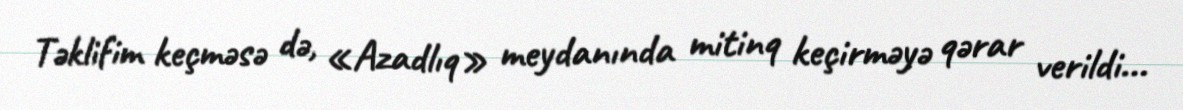
Təklifim keçməsə də, «Azadlıq» meydanında mitinq keçirməyə qərar verildi...